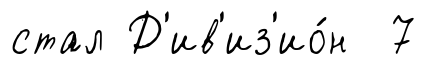
стал Д'ив'из'ио́н 7